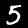
Label: 5